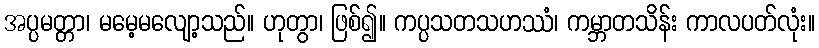
အပ္ပမတ္တာ၊ မမေ့မလျော့သည်။ ဟုတွာ၊ ဖြစ်၍။ ကပ္ပသတသဟဿံ၊ ကမ္ဘာတသိန်း ကာလပတ်လုံး။